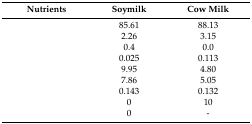
<table><thead><tr><td><b>Nutrients</b></td><td><b>Soymilk</b></td><td><b>Cow Milk</b></td></tr></thead><tbody><tr><td>[EMPTY_CELL]</td><td>85.61</td><td>88.13</td></tr><tr><td>[EMPTY_CELL]</td><td>2.26</td><td>3.15</td></tr><tr><td>[EMPTY_CELL]</td><td>0.4</td><td>0.0</td></tr><tr><td>[EMPTY_CELL]</td><td>0.025</td><td>0.113</td></tr><tr><td>[EMPTY_CELL]</td><td>9.95</td><td>4.80</td></tr><tr><td>[EMPTY_CELL]</td><td>7.86</td><td>5.05</td></tr><tr><td>[EMPTY_CELL]</td><td>0.143</td><td>0.132</td></tr><tr><td>[EMPTY_CELL]</td><td>0</td><td>10</td></tr><tr><td>[EMPTY_CELL]</td><td>0</td><td>-</td></tr></tbody></table>